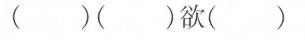
( )( )欲( ）